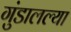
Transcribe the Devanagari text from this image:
गुंडालल्या